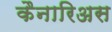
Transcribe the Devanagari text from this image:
कैनारिअस